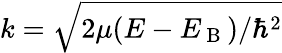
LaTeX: k=\sqrt{2\mu(E-E_{\mathrm{~B~}})/\hbar^{2}}